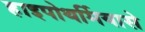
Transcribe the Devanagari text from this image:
हाइपोथर्मियासे